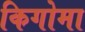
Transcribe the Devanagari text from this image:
किगोमा